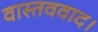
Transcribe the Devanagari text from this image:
वास्तववाद।